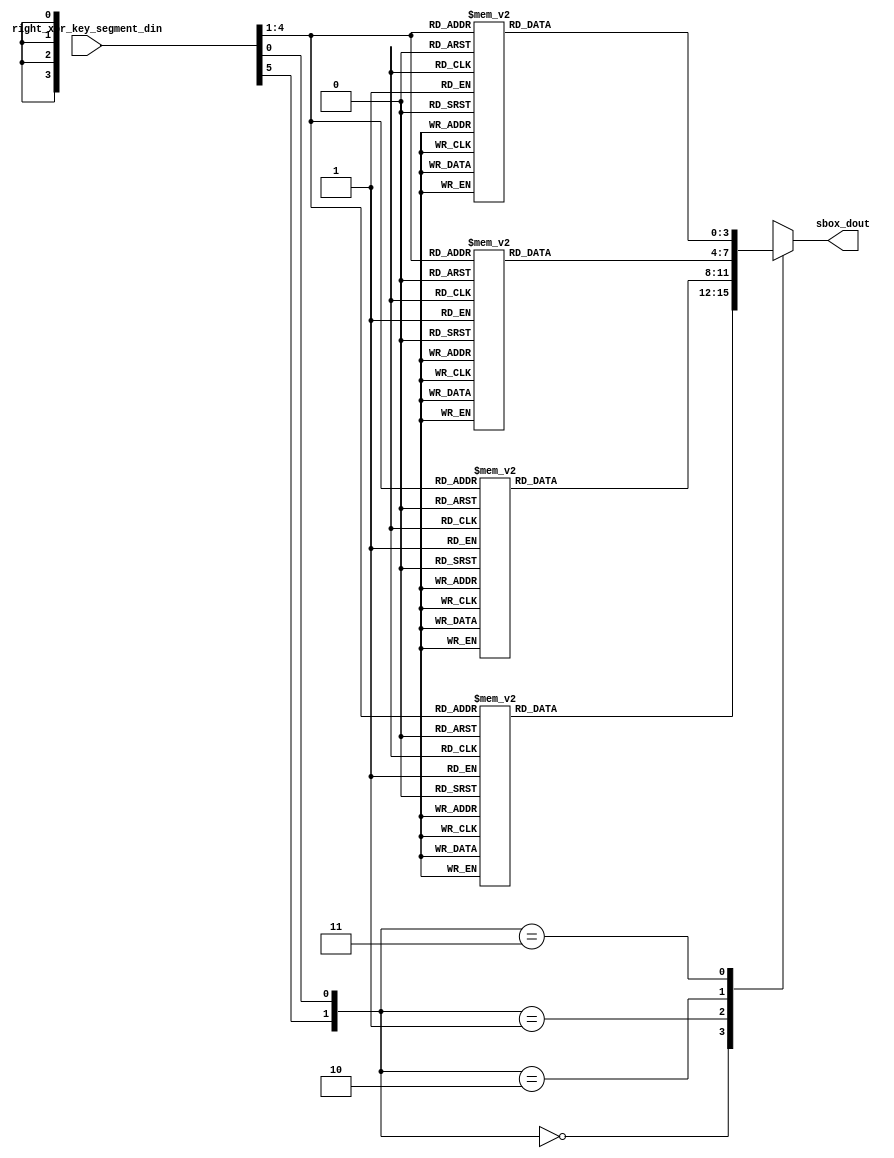
module des_sbox5
	(
	// -- inputs --------------------------------------------------------- >>>>>
		input  wire [0:5] right_xor_key_segment_din,
	// -- outputs -------------------------------------------------------- >>>>>
		output reg  [0:3] sbox_dout
	);


	always @(*)
		case ({right_xor_key_segment_din[0], right_xor_key_segment_din[5]})
			2'b00:	
					case (right_xor_key_segment_din[1:4])
						4'd0:	sbox_dout = 4'd2;
						4'd1:	sbox_dout = 4'd12;
						4'd2:	sbox_dout = 4'd4;
						4'd3:	sbox_dout = 4'd1;
						4'd4:	sbox_dout = 4'd7;
						4'd5:	sbox_dout = 4'd10;
						4'd6:	sbox_dout = 4'd11;
						4'd7:	sbox_dout = 4'd6;
						4'd8:	sbox_dout = 4'd8;
						4'd9:	sbox_dout = 4'd5;
						4'd10:	sbox_dout = 4'd3;
						4'd11:	sbox_dout = 4'd15;
						4'd12:	sbox_dout = 4'd13;
						4'd13:	sbox_dout = 4'd0;
						4'd14:	sbox_dout = 4'd14;
						4'd15:	sbox_dout = 4'd9;
					endcase

			2'b01:
					case (right_xor_key_segment_din[1:4])
						4'd0:	sbox_dout = 4'd14;
						4'd1:	sbox_dout = 4'd11;
						4'd2:	sbox_dout = 4'd2;
						4'd3:	sbox_dout = 4'd12;
						4'd4:	sbox_dout = 4'd4;
						4'd5:	sbox_dout = 4'd7;
						4'd6:	sbox_dout = 4'd13;
						4'd7:	sbox_dout = 4'd1;
						4'd8:	sbox_dout = 4'd5;
						4'd9:	sbox_dout = 4'd0;
						4'd10:	sbox_dout = 4'd15;
						4'd11:	sbox_dout = 4'd10;
						4'd12:	sbox_dout = 4'd3;
						4'd13:	sbox_dout = 4'd9;
						4'd14:	sbox_dout = 4'd8;
						4'd15:	sbox_dout = 4'd6;
					endcase

			2'b10:
					case (right_xor_key_segment_din[1:4])
						4'd0:	sbox_dout = 4'd4;
						4'd1:	sbox_dout = 4'd2;
						4'd2:	sbox_dout = 4'd1;
						4'd3:	sbox_dout = 4'd11;
						4'd4:	sbox_dout = 4'd10;
						4'd5:	sbox_dout = 4'd13;
						4'd6:	sbox_dout = 4'd7;
						4'd7:	sbox_dout = 4'd8;
						4'd8:	sbox_dout = 4'd15;
						4'd9:	sbox_dout = 4'd9;
						4'd10:	sbox_dout = 4'd12;
						4'd11:	sbox_dout = 4'd5;
						4'd12:	sbox_dout = 4'd6;
						4'd13:	sbox_dout = 4'd3;
						4'd14:	sbox_dout = 4'd0;
						4'd15:	sbox_dout = 4'd14;
					endcase

			2'b11:
					case (right_xor_key_segment_din[1:4])
						4'd0:	sbox_dout = 4'd11;
						4'd1:	sbox_dout = 4'd8;
						4'd2:	sbox_dout = 4'd12;
						4'd3:	sbox_dout = 4'd7;
						4'd4:	sbox_dout = 4'd1;
						4'd5:	sbox_dout = 4'd14;
						4'd6:	sbox_dout = 4'd2;
						4'd7:	sbox_dout = 4'd13;
						4'd8:	sbox_dout = 4'd6;
						4'd9:	sbox_dout = 4'd15;
						4'd10:	sbox_dout = 4'd0;
						4'd11:	sbox_dout = 4'd9;
						4'd12:	sbox_dout = 4'd10;
						4'd13:	sbox_dout = 4'd4;
						4'd14:	sbox_dout = 4'd5;
						4'd15:	sbox_dout = 4'd3;
					endcase
		endcase // right_xor_key_segment_din[0], right_xor_key_segment_din[5]

endmodule